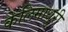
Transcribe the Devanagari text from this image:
केलिमाधुरी